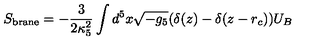
S _ { \mathrm { b r a n e } } = - \frac { 3 } { 2 \kappa _ { 5 } ^ { 2 } } \int d ^ { 5 } x \sqrt { - g _ { 5 } } ( \delta ( z ) - \delta ( z - r _ { c } ) ) U _ { B }